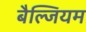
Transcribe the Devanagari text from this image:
बैल्जियम